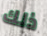
ذلك